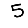
Digit: 5